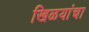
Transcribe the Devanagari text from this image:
खिळयांचा